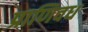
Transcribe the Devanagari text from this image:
प्राणिवध